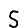
Digit: 5